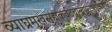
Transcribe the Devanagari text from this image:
व्याघ्रमुखसुह्मकर्वटचान्द्रपुराःषूर्पकर्णाष्च।